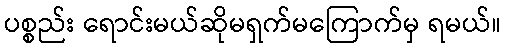
ပစ္စည်း ရောင်းမယ်ဆိုမရှက်မကြောက်မှ ရမယ်။